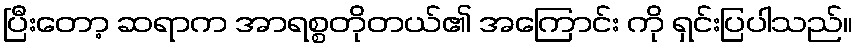
ပြီးတော့ ဆရာက အာရစ္စတိုတယ်၏ အကြောင်း ကို ရှင်းပြပါသည်။